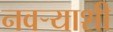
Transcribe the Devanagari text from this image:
नवर्‍याशी